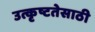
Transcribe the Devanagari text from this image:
उत्कृष्टतेसाठी